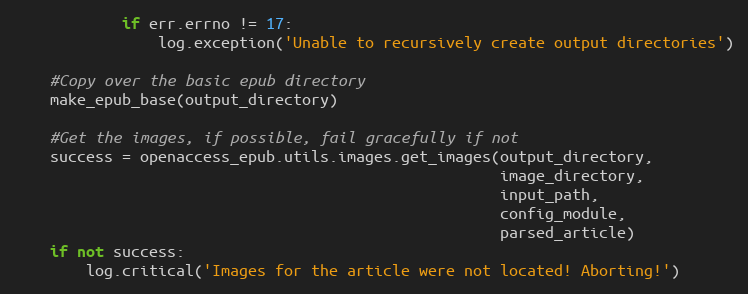
Language: Python
            if err.errno != 17:
                log.exception('Unable to recursively create output directories')

    #Copy over the basic epub directory
    make_epub_base(output_directory)

    #Get the images, if possible, fail gracefully if not
    success = openaccess_epub.utils.images.get_images(output_directory,
                                                      image_directory,
                                                      input_path,
                                                      config_module,
                                                      parsed_article)
    if not success:
        log.critical('Images for the article were not located! Aborting!')